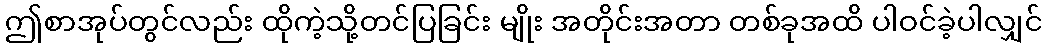
ဤစာအုပ်တွင်လည်း ထိုကဲ့သို့တင်ပြခြင်း မျိုး အတိုင်းအတာ တစ်ခုအထိ ပါဝင်ခဲ့ပါလျှင်